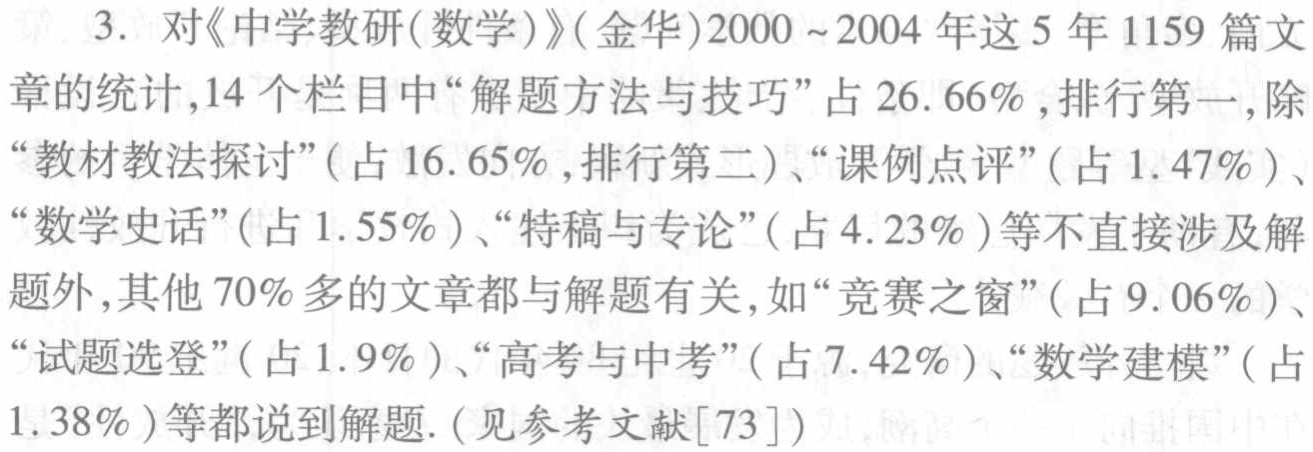
3. 对《中学教研(数学)》(金华)2000～2004年这5年1159篇文章的统计，14个栏目中“解题方法与技巧”占26.66%，排行第一，除“教材教法探讨”(占16.65%，排行第二)、“课例点评”(占1.47%)、“数学史话”(占1.55%)、“特稿与专论”(占4.23%)等不直接涉及解题外，其他70%多的文章都与解题有关，如“竞赛之窗”(占9.06%)、“试题选登”(占1.9%)、“高考与中考”(占7.42%)、“数学建模”(占1.38%)等都说到解题.(见参考文献[73])